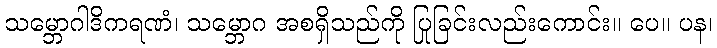
သမ္ဘောဂါဒိကရဏံ၊ သမ္ဘောဂ အစရှိသည်ကို ပြုခြင်းလည်းကောင်း။ ပေ။ ပန၊